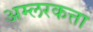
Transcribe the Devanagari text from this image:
अम्लरकत्ता